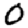
Digit: 0